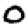
Digit: 0